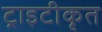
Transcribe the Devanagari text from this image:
ट्राइटीकृत